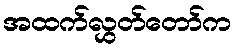
အထက်လွှတ်တော်က